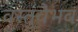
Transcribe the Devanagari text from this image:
वस्तुवैभव